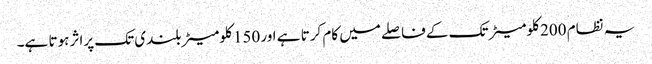
یہ نظام 200 کلومیٹر تک کے فاصلے میں کام کرتا ہے اور 150 کلومیٹر بلندی تک پراثر ہوتا ہے۔